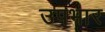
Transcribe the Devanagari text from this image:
उपभार